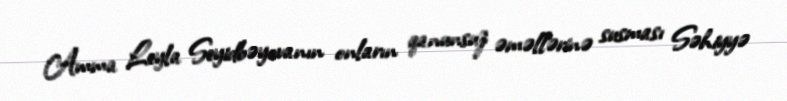
Amma Leyla Seyidbəyovanın onların qanunsuz əməllərinə susması Səhiyyə